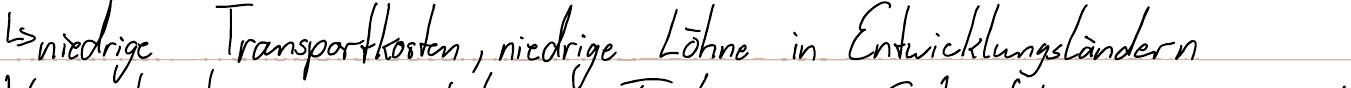
-> niedrige Transportkosten, niedrige Löhne in Entwicklungsländern